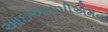
આઇઆઇપીએમના